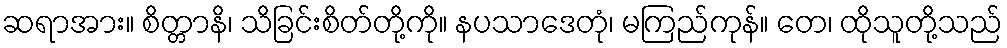
ဆရာအား။ စိတ္တာနိ၊ သိခြင်းစိတ်တို့ကို။ နပသာဒေတုံ၊ မကြည်ကုန်။ တေ၊ ထိုသူတို့သည်